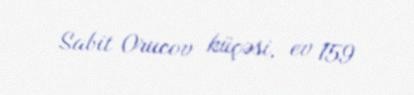
Sabit Orucov küçəsi, ev 159